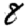
Digit: 8